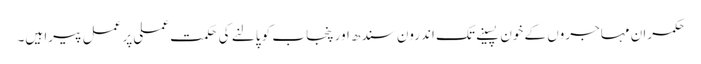
حکمران مہاجروں کے خون پسینے تک اندرون سندھ اور پنجاب کو پالنے کی حکمت عملی پر عمل پیرا ہیں۔